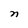
Character: n